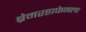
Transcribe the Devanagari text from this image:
ब्रेमरहाफेनला